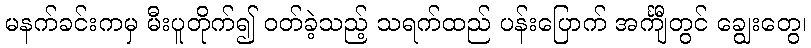
မနက်ခင်းကမှ မီးပူတိုက်၍ ဝတ်ခဲ့သည့် သရက်ထည် ပန်းပြောက် အင်္ကျီတွင် ချွေးတွေ၊